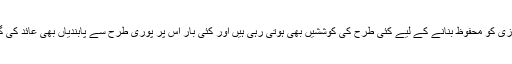
پتنگ بازی کو محفوظ بنانے کے لیے کئی طرح کی کوششیں بھی ہوتی رہی ہیں اور کئی بار اس پر پوری طرح سے پابندیاں بھی عائد کی گئی ہیں۔